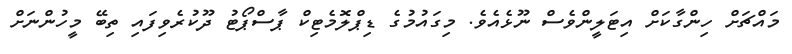
މައްޗަށް ހިންގާކަށް އިޓަލީންވެސް ނޫޅެއެވެ. މިގައުމުގެ ޑިޕްލޮމެޓިކް ޕާސްޕޯޓު ދޫކުރެވިފައި ތިބޭ މީހުންނަށް